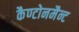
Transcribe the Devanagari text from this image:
कैण्टोनमैन्ट